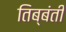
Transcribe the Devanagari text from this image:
तिब्बंती